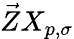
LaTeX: \vec{Z}X_{p,\sigma}